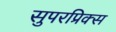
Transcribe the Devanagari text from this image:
सुपरप्रिक्स